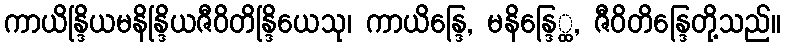
ကာယိန္ဒြိယမနိန္ဒြိယဇီဝိတိန္ဒြိယေသု၊ ကာယိန္ဒြေ, မနိန္ဒြေ္ထ, ဇီဝိတိန္ဒြေတို့သည်။